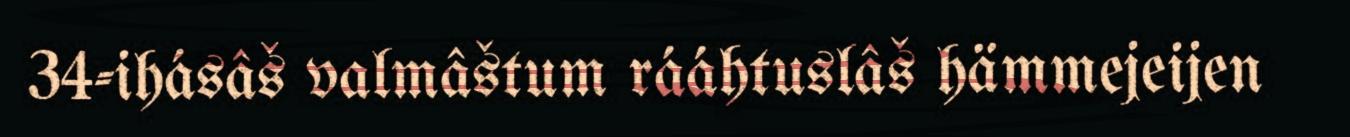
34-ihásâš valmâštum rááhtuslâš hämmejeijen